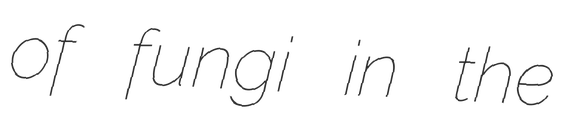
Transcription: of fungi in the